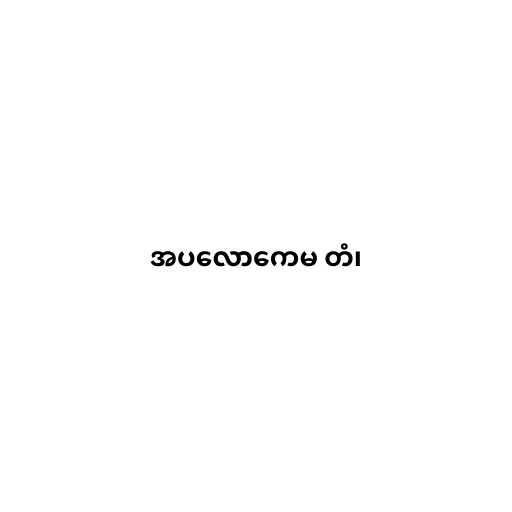
အပလောကေမ တံ၊